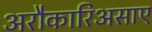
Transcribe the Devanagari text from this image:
अरौकारिअसाए